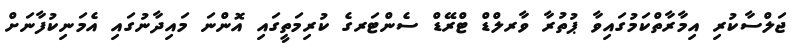
ޖަލްސާކުރި އިމާރާތްކަމުގައިވާ ޕުތުރާ ވާރލްޑް ޓްރޭޑް ސެންޓަރގެ ކުރިމަތީގައި އޮންނަ މައިދާނުގައި އެމަނިކުފާނަށް